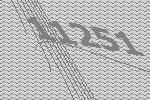
11251